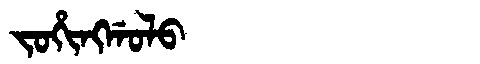
Manchu: ᠵᠣᡥᡳᠩᡤᠣᠯᠣ
Romanization: JOHINGGOLO